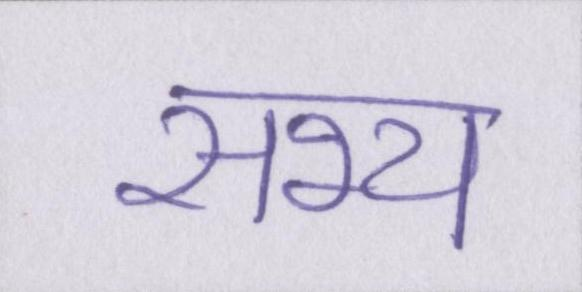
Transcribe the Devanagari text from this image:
सभ्य